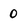
Character: 0